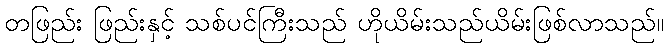
တဖြည်း ဖြည်းနှင့် သစ်ပင်ကြီးသည် ဟိုယိမ်းသည်ယိမ်းဖြစ်လာသည်။